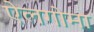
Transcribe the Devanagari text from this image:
ऐलगोमा